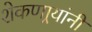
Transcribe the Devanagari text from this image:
शेकणार्‍यांनी